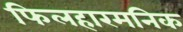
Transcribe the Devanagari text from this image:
फिलहारमनिक